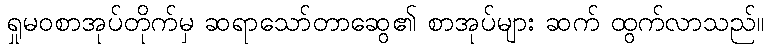
ရှုမဝစာအုပ်တိုက်မှ ဆရာသော်တာဆွေ၏ စာအုပ်များ ဆက် ထွက်လာသည်။